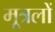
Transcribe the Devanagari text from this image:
मूत्रलों